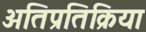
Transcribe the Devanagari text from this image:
अतिप्रतिक्रिया